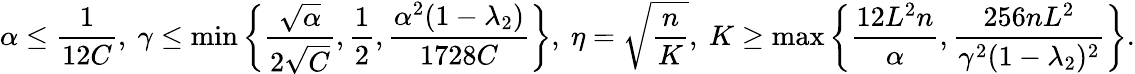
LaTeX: \alpha\leq\frac{1}{12C},\ \gamma\leq\operatorname*{min}\left\{ \frac{\sqrt{\alpha}}{2\sqrt{C}},\frac{1}{2},\frac{\alpha^{2}(1-\lambda_{2})}{1728C}\right\} ,\ \eta=\sqrt{\frac{n}{K}},\ K\geq\operatorname*{max}\left\{ \frac{12L^{2}n}{\alpha},\frac{256nL^{2}}{\gamma^{2}(1-\lambda_{2})^{2}}\right\} .